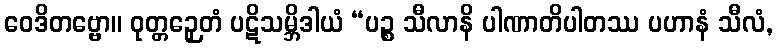
ဝေဒိတဗ္ဗော။ ဝုတ္တဉှေတံ ပဋိသမ္ဘိဒါယံ “ပဉ္စ သီလာနိ ပါဏာတိပါတဿ ပဟာနံ သီလံ,